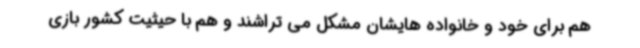
هم برای خود و خانواده هایشان مشکل می تراشند و هم با حیثیت کشور بازی